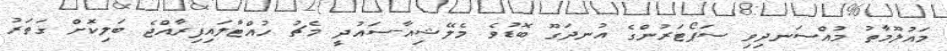
މައުލޫމާތު މުއްސަނދިވި ސަޕޯޓަރުންގެ އުނދަގޫ ބޮޑުވެ މެލޭޝިއާ-ސައުދީ މެޗު ހުއްޓާލައިފިރާއްޖެ ބަލިކޮށް ގަތަރު